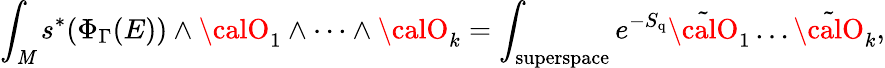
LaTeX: \int_{\mathit{M}}s^{*}(\Phi_{\Gamma}(E))\wedge{\calO}_{1}\wedge\dots\wedge{\calO}_{k}=\int_{\mathrm{{superspace}}}e^{-S_{\mathrm{{q}}}}\tilde{{{\calO}}}_{1}\dots\tilde{{{\calO}}}_{k},